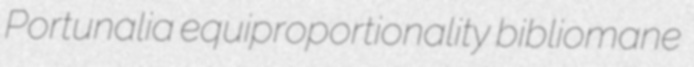
Portunalia equiproportionality bibliomane